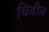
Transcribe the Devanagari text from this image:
चिवील